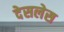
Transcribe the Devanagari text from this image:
देसलेस